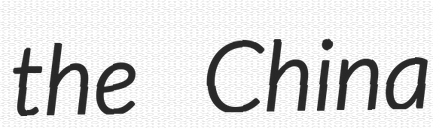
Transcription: the China